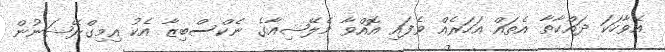
އެވާހަކަ ދައްކާތާ އެތައް އަހަރެއް ވެފައި އޮއްވާ މެލޭޝިއާގެ ނެކްސްބިޒާ އެކު އިމިގްރޭޝަނުން